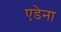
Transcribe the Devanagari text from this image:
एडेना